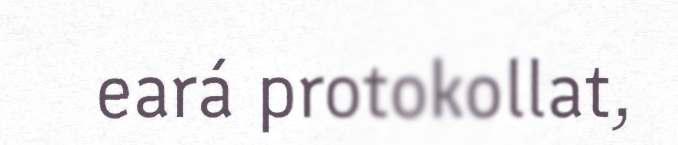
eará protokollat,